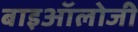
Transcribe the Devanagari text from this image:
बाइऑलोजी